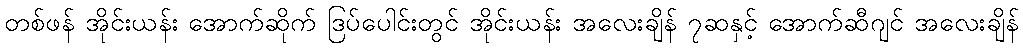
တစ်ဖန် အိုင်းယန်း အောက်ဆိုက် ဒြပ်ပေါင်းတွင် အိုင်းယန်း အလေးချိန် ၇ဆနှင့် အောက်ဆီဂျင် အလေးချိန်